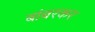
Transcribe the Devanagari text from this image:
बांबरकर